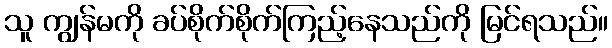
သူ ကျွန်မကို ခပ်စိုက်စိုက်ကြည့်နေသည်ကို မြင်ရသည်။